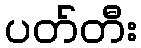
ပတ်တီး